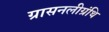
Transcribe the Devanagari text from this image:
ग्रासनलीग्रंथि